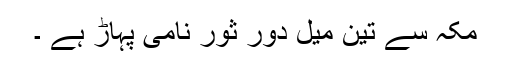
مکہ سے تین میل دور ثور نامی پہاڑ ہے ۔